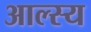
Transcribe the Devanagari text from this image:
आल्स्य